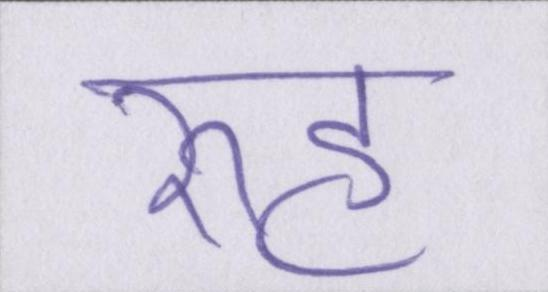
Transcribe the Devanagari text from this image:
रूह